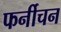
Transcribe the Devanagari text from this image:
फर्नीचन